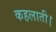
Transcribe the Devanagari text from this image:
कहलाती।